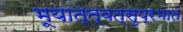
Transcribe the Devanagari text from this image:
भूयात्त्वत्सुप्रभातं